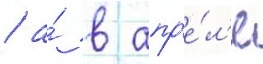
/ а́ в апр'е́л'е